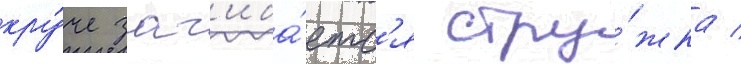
кру́че заг'иба́етс'я стру́жка /